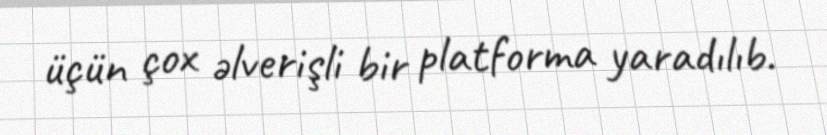
üçün çox əlverişli bir platforma yaradılıb.